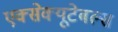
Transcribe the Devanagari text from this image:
एक्सेक्यूटेबल्स